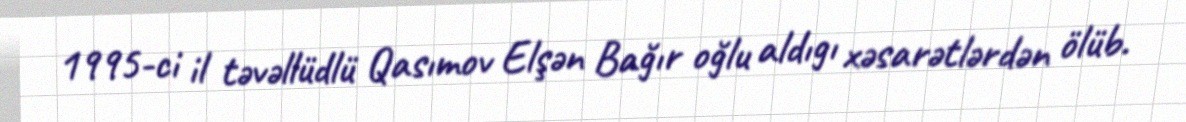
1995-ci il təvəllüdlü Qasımov Elşən Bağır oğlu aldıgı xəsarətlərdən ölüb.